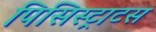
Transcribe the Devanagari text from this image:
पिसिस्ट्राटस